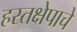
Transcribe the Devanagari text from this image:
हस्तक्षेपाचे